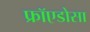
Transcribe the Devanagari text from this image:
फ्रॉएडोसा